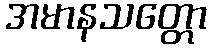
အမာနသတ္တော